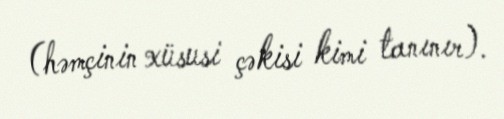
(həmçinin xüsusi çəkisi kimi tanınır).